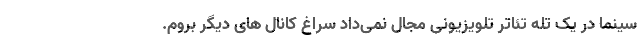
سینما در یک تله تئاتر تلویزیونی مجال نمی‌داد سراغ کانال های دیگر بروم.